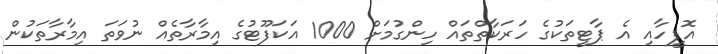
އޮފީހާއި އެ ޕާޓީތަކުގެ ހަރަކާތްތައް ހިންގުމަށް 1000 އަކަފޫޓުގެ އިމާރާތެއް ނުވަތަ އިމާރާތަކުން